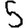
Digit: 5